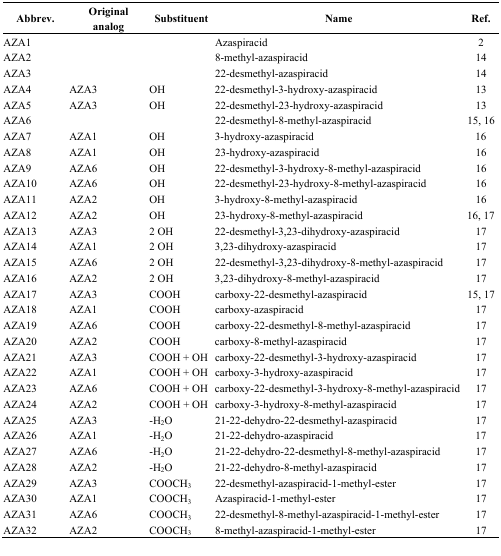
<table><thead><tr><td><b>Abbrev.</b></td><td><b>Original analog</b></td><td><b>Substituent</b></td><td><b>Name</b></td><td><b>Ref.</b></td></tr></thead><tbody><tr><td>AZA1</td><td></td><td></td><td>Azaspiracid</td><td>2</td></tr><tr><td>AZA2</td><td></td><td></td><td>8-methyl-azaspiracid</td><td>14</td></tr><tr><td>AZA3</td><td></td><td></td><td>22-desmethyl-azaspiracid</td><td>14</td></tr><tr><td>AZA4</td><td>AZA3</td><td>OH</td><td>22-desmethyl-3-hydroxy-azaspiracid</td><td>13</td></tr><tr><td>AZA5</td><td>AZA3</td><td>OH</td><td>22-desmethyl-23-hydroxy-azaspiracid</td><td>13</td></tr><tr><td>AZA6</td><td></td><td></td><td>22-desmethyl-8-methyl-azaspiracid</td><td>15, 16</td></tr><tr><td>AZA7</td><td>AZA1</td><td>OH</td><td>3-hydroxy-azaspiracid</td><td>16</td></tr><tr><td>AZA8</td><td>AZA1</td><td>OH</td><td>23-hydroxy-azaspiracid</td><td>16</td></tr><tr><td>AZA9</td><td>AZA6</td><td>OH</td><td>22-desmethyl-3-hydroxy-8-methyl-azaspiracid</td><td>16</td></tr><tr><td>AZA10</td><td>AZA6</td><td>OH</td><td>22-desmethyl-23-hydroxy-8-methyl-azaspiracid</td><td>16</td></tr><tr><td>AZA11</td><td>AZA2</td><td>OH</td><td>3-hydroxy-8-methyl-azaspiracid</td><td>16</td></tr><tr><td>AZA12</td><td>AZA2</td><td>OH</td><td>23-hydroxy-8-methyl-azaspiracid</td><td>16, 17</td></tr><tr><td>AZA13</td><td>AZA3</td><td>2 OH</td><td>22-desmethyl-3,23-dihydroxy-azaspiracid</td><td>17</td></tr><tr><td>AZA14</td><td>AZA1</td><td>2 OH</td><td>3,23-dihydroxy-azaspiracid</td><td>17</td></tr><tr><td>AZA15</td><td>AZA6</td><td>2 OH</td><td>22-desmethyl-3,23-dihydroxy-8-methyl-azaspiracid</td><td>17</td></tr><tr><td>AZA16</td><td>AZA2</td><td>2 OH</td><td>3,23-dihydroxy-8-methyl-azaspiracid</td><td>17</td></tr><tr><td>AZA17</td><td>AZA3</td><td>COOH</td><td>carboxy-22-desmethyl-azaspiracid</td><td>15, 17</td></tr><tr><td>AZA18</td><td>AZA1</td><td>COOH</td><td>carboxy-azaspiracid</td><td>17</td></tr><tr><td>AZA19</td><td>AZA6</td><td>COOH</td><td>carboxy-22-desmethyl-8-methyl-azaspiracid</td><td>17</td></tr><tr><td>AZA20</td><td>AZA2</td><td>COOH</td><td>carboxy-8-methyl-azaspiracid</td><td>17</td></tr><tr><td>AZA21</td><td>AZA3</td><td>COOH + OH</td><td>carboxy-22-desmethyl-3-hydroxy-azaspiracid</td><td>17</td></tr><tr><td>AZA22</td><td>AZA1</td><td>COOH + OH</td><td>carboxy-3-hydroxy-azaspiracid</td><td>17</td></tr><tr><td>AZA23</td><td>AZA6</td><td>COOH + OH</td><td>carboxy-22-desmethyl-3-hydroxy-8-methyl-azaspiracid</td><td>17</td></tr><tr><td>AZA24</td><td>AZA2</td><td>COOH + OH</td><td>carboxy-3-hydroxy-8-methyl-azaspiracid</td><td>17</td></tr><tr><td>AZA25</td><td>AZA3</td><td>-H<sub>2</sub>O</td><td>21-22-dehydro-22-desmethyl-azaspiracid</td><td>17</td></tr><tr><td>AZA26</td><td>AZA1</td><td>-H<sub>2</sub>O</td><td>21-22-dehydro-azaspiracid</td><td>17</td></tr><tr><td>AZA27</td><td>AZA6</td><td>-H<sub>2</sub>O</td><td>21-22-dehydro-22-desmethyl-8-methyl-azaspiracid</td><td>17</td></tr><tr><td>AZA28</td><td>AZA2</td><td>-H<sub>2</sub>O</td><td>21-22-dehydro-8-methyl-azaspiracid</td><td>17</td></tr><tr><td>AZA29</td><td>AZA3</td><td>COOCH<sub>3</sub></td><td>22-desmethyl-azaspiracid-1-methyl-ester</td><td>17</td></tr><tr><td>AZA30</td><td>AZA1</td><td>COOCH<sub>3</sub></td><td>Azaspiracid-1-methyl-ester</td><td>17</td></tr><tr><td>AZA31</td><td>AZA6</td><td>COOCH<sub>3</sub></td><td>22-desmethyl-8-methyl-azaspiracid-1-methyl-ester</td><td>17</td></tr><tr><td>AZA32</td><td>AZA2</td><td>COOCH<sub>3</sub></td><td>8-methyl-azaspiracid-1-methyl-ester</td><td>17</td></tr></tbody></table>